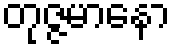
တုဇ္ဇမာနော